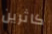
كاثرين